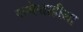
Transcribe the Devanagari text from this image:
राजेशाहीला